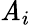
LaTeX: \mathit{A}_{i}